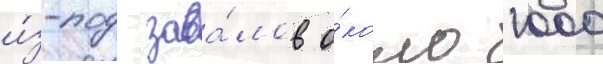
и́з-под зава́лов о́коло 1000